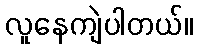
လူနေကျဲပါတယ်။